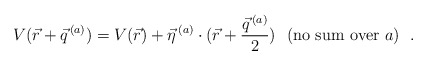
\begin{align*}V(\vec{r} + \vec{q}^{\, (a)}) = V(\vec{r}) +\vec{\eta}^{\, (a)} \cdot (\vec{r} + \frac{\vec{q}^{\, (a)}}{2})~~(\rm no~sum~over~\mit a)~~.\end{align*}